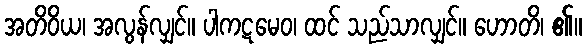
အတိဝိယ၊ အလွန်လျှင်။ ပါကဋမေဝ၊ ထင် သည်သာလျှင်။ ဟောတိ၊ ၏။